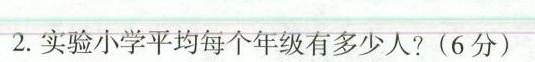
2.实验小学平均每个年级有多少人?(6分)